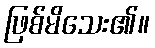
ဖြစ်မိသေး၏။